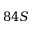
8 4 S